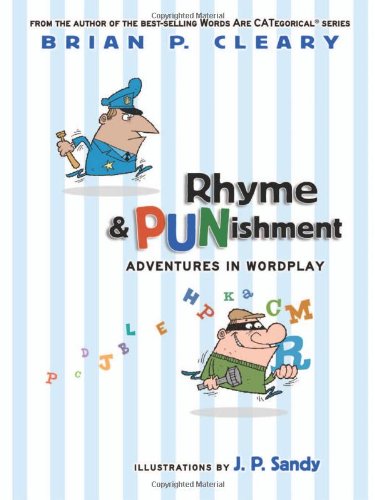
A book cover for Rhyme & Punishment: Adventures in Wordplay; Brian P. Cleary; Humor & Entertainment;